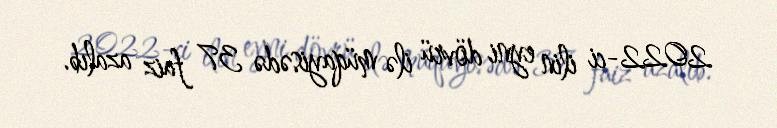
2022-ci ilin eyni dövrü ilə müqayisədə 37 faiz azalıb.